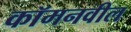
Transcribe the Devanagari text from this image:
कॉमनवील